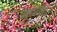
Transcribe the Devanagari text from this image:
बहारीने